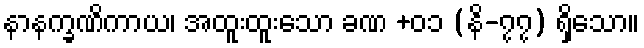
နာနက္ခဏိကာယ၊ အထူးထူးသော ခဏ +၀၁ (နိ-၇၇) ရှိသော။